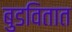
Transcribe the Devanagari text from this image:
बुडवितात